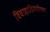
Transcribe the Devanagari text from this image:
विवाहाविषयीच्या